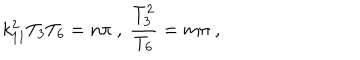
k _ { 1 1 } ^ { 2 } T _ { 3 } T _ { 6 } = n \pi \ , \ { \frac { T _ { 3 } ^ { 2 } } { T _ { 6 } } } = m \pi \ ,